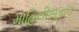
માહિતીસૂચક